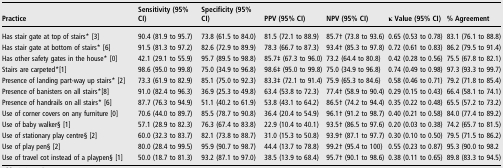
<table><thead><tr><td><b>Practice</b></td><td><b>Sensitivity (95% CI)</b></td><td><b>Specificity (95% CI)</b></td><td><b>PPV (95% CI)</b></td><td><b>NPV (95% CI)</b></td><td><b>κ Value (95% CI)</b></td><td><b>% Agreement</b></td></tr></thead><tbody><tr><td>Has stair gate at top of stairs* [3]</td><td>90.4 (81.9 to 95.7)</td><td>73.8 (61.5 to 84.0)</td><td>81.5 (72.1 to 88.9)</td><td>85.7† (73.8 to 93.6)</td><td>0.65 (0.53 to 0.78)</td><td>83.1 (76.1 to 88.8)</td></tr><tr><td>Has stair gate at bottom of stairs* [6]</td><td>91.5 (81.3 to 97.2)</td><td>82.6 (72.9 to 89.9)</td><td>78.3 (66.7 to 87.3)</td><td>93.4† (85.3 to 97.8)</td><td>0.72 (0.61 to 0.83)</td><td>86.2 (79.5 to 91.4)</td></tr><tr><td>Has other safety gates in the house* [0]</td><td>42.1 (29.1 to 55.9)</td><td>95.7 (89.5 to 98.8)</td><td>85.7‡ (67.3 to 96.0)</td><td>73.2 (64.4 to 80.8)</td><td>0.42 (0.28 to 0.56)</td><td>75.5 (67.8 to 82.1)</td></tr><tr><td>Stairs are carpeted*[1]</td><td>98.6 (95.0 to 99.8)</td><td>75.0 (34.9 to 96.8)</td><td>98.6‡ (95.0 to 99.8)</td><td>75.0 (34.9 to 96.8)</td><td>0.74 (0.49 to 0.98)</td><td>97.3 (93.3 to 99.7)</td></tr><tr><td>Presence of landing part-way up stairs* [2]</td><td>73.3 (61.9 to 82.9)</td><td>85.1 (75.0 to 92.3)</td><td>83.3‡ (72.1 to 91.4)</td><td>75.9 (65.3 to 84.6)</td><td>0.58 (0.46 to 0.71)</td><td>79.2 (71.8 to 85.4)</td></tr><tr><td>Presence of banisters on all stairs*[8]</td><td>91.0 (82.4 to 96.3)</td><td>36.9 (25.3 to 49.8)</td><td>63.4 (53.8 to 72.3)</td><td>77.4† (58.9 to 90.4)</td><td>0.29 (0.15 to 0.43)</td><td>66.4 (58.1 to 74.1)</td></tr><tr><td>Presence of handrails on all stairs* [6]</td><td>87.7 (76.3 to 94.9)</td><td>51.1 (40.2 to 61.9)</td><td>53.8 (43.1 to 64.2)</td><td>86.5† (74.2 to 94.4)</td><td>0.35 (0.22 to 0.48)</td><td>65.5 (57.2 to 73.2)</td></tr><tr><td>Use of corner covers on any furniture [0]</td><td>70.6 (44.0 to 89.7)</td><td>85.5 (78.7 to 90.8)</td><td>36.4 (20.4 to 54.9)</td><td>96.1† (91.2 to 98.7)</td><td>0.40 (0.21 to 0.58)</td><td>84.0 (77.4 to 89.2)</td></tr><tr><td>Use of baby walker§ [1]</td><td>57.1 (28.9 to 82.3)</td><td>76.3 (67.4 to 83.8)</td><td>22.9 (10.4 to 40.1)</td><td>93.5† (86.5 to 97.6)</td><td>0.20 (0.03 to 0.38)</td><td>74.2 (65.7 to 81.5)</td></tr><tr><td>Use of stationary play centre§ [2]</td><td>60.0 (32.3 to 83.7)</td><td>82.1 (73.8 to 88.7)</td><td>31.0 (15.3 to 50.8)</td><td>93.9† (87.1 to 97.7)</td><td>0.30 (0.10 to 0.50)</td><td>79.5 (71.5 to 86.2)</td></tr><tr><td>Use of play pen§ [2]</td><td>80.0 (28.4 to 99.5)</td><td>95.9 (90.7 to 98.7)</td><td>44.4 (13.7 to 78.8)</td><td>99.2† (95.4 to 100)</td><td>0.55 (0.23 to 0.87)</td><td>95.3 (90.0 to 98.2</td></tr><tr><td>Use of travel cot instead of a playpen§ [1]</td><td>50.0 (18.7 to 81.3)</td><td>93.2 (87.1 to 97.0)</td><td>38.5 (13.9 to 68.4)</td><td>95.7† (90.1 to 98.6)</td><td>0.38 (0.11 to 0.65)</td><td>89.8 (83.3 to 94.5)</td></tr></tbody></table>